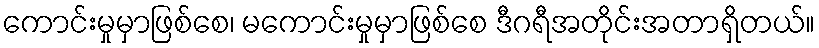
ကောင်းမှုမှာဖြစ်စေ၊ မကောင်းမှုမှာဖြစ်စေ ဒီဂရီအတိုင်းအတာရှိတယ်။